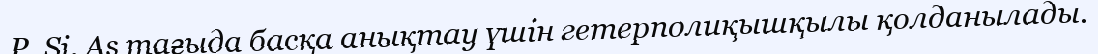
P, Si, As тағыда басқа анықтау үшін гетерполиқышқылы қолданылады.